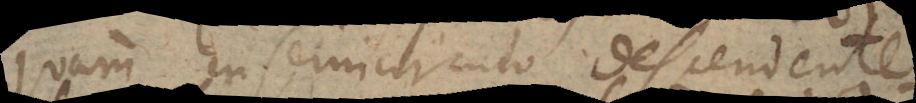
quam in semicirculo descendente